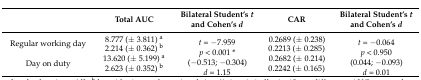
|  | Total AUC | Bilateral Student’st and Cohen’s d | CAR | Bilateral Student’st and Cohen’s d |
 | --- | --- | --- | --- | --- |
 | Regular working day | 8.777 (± 3.811) a2.214 (± 0.362) b | <ROWSPAN=2> t = −7.959 p < 0.001 * (−0.513; −0.304) d = 1.15 | 0.2689 (± 0.238)0.2213 (± 0.285) | <ROWSPAN=2> t = −0.064 p < 0.950 (0.044; −0.093) d = 0.01 |
 | Day on duty | 13.620 (± 5.199) a2.623 (± 0.352) b | 0.2682 (± 0.214)0.2242 (± 0.165) |